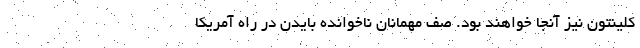
کلینتون نیز آنجا خواهند بود. صف مهمانان ناخوانده بایدن در راه آمریکا